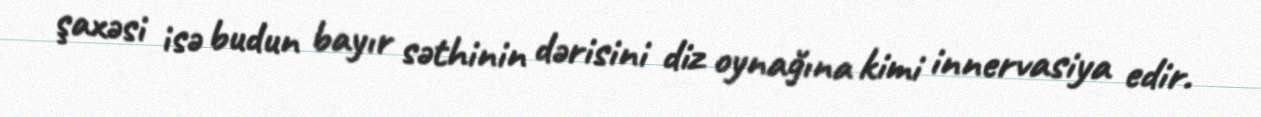
şaxəsi isə budun bayır səthinin dərisini diz oynağına kimi innervasiya edir.